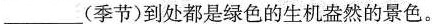
___（季节)到处都是绿色的生机盎然的景色。